Vaccination in Burma 1912-1922 - 1912-1922
Year: 1912
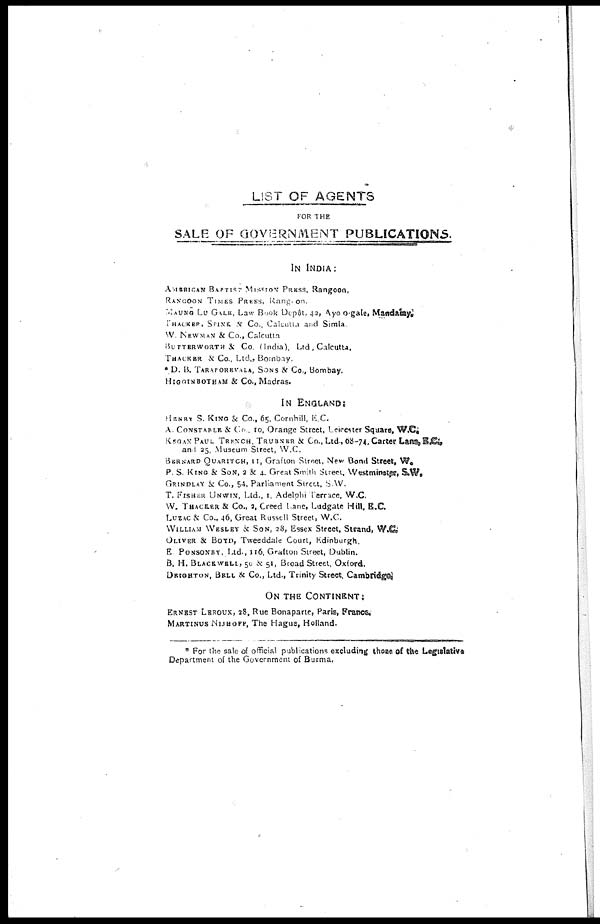
LIST OF AGENTS
FOR THE
SALE OF GOVERNMENT PUBLICATIONS.
IN INDIA:
AMERICAN BAPTIST. MISSION PRESS, Rangoon.
RANGOON TIMES PRESS, Rangoon.
MAUNG LU GALE, Law Book Depôt, 42, Ayo o-gale, Mandalay.
THACKER, SPINK & CO., Calcutta and Simla
W. NEWMAN & Co., Calcutta
BUTTERWORTH & Co. (India), Ltd, Calcutta.
THACKER & Co., Ltd., Bombay.
* D. B. TARAPOREVALA, SONS & Co., Bombay.
HIGGINBOTHAM & Co., Madras.
IN ENGLAND:
HENRY S. KING & Co., 65, Cornhill, E.C.
A. CONSTABLE & Co . 10, Orange Street, Leicester Square, W.C.
KEGAN PAUL TRENCH, TRUBNER & CO., Ltd., 68-74,Carter Lane. E.C.,
and 25, Museum Street, W.C.
BERNARD QUARITCH, 11, Grafton Street, New Bond Street, W.
P. S. KING & SON, 2 & 4. Great Smith Street. Westminster, S.W.
GRINDLAY & Co., 54, Parliament Street, S.W.
T. FISHER UNWIN, Ltd., 1, Adelphi Terrace, W.C.
W. THACKER & Co., 2, Creed Lane, Ludgate Hill, B.C.
LUZAC & Co., 46, Great Russell Street, W.C.
WILLIAM WESLEY & SON, 28, Essex Street, Strand, W.C.,
OLIVER & BOYD, Tweeddale Court, Edinburgh.
E. PONSONBY. Ltd., 116, Grafton Street, Dublin.
B. H. BLACKWELL, 50 & 51, Broad Street, Oxford.
DRIGHTON, BELL & Co., Ltd., Trinity Street, Cambridge.
ON THE CONTINENT:
ERNEST LEROUX, 28, Rue Bonaparte, Paris, France.
MARTINUS NIJHOFF, The Hague, Holland.
* For the sale of official publications excluding those of the Legislative
Department of the Government of Burma,